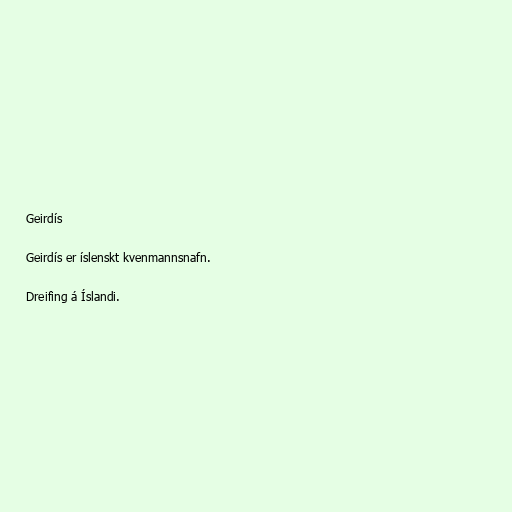
Geirdís

Geirdís er íslenskt kvenmannsnafn.

Dreifing á Íslandi.